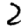
Digit: 2